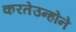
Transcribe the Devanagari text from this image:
करतेउन्होंने